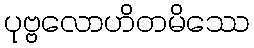
ပုဗ္ဗလောဟိတမိဿေ